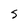
Character: 5